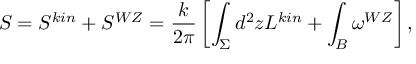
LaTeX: S = S ^ { k i n } + S ^ { W Z } = \frac { k } { 2 \pi } \left[ \int _ { \Sigma } d ^ { 2 } z { \cal L } ^ { k i n } + \int _ { \cal B } \omega ^ { W Z } \right] ,